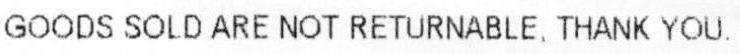
GOODS SOLD ARE NOT RETURNABLE, THANK YOU.